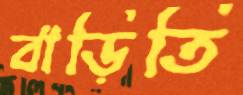
বাড়িতি